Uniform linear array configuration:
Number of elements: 64
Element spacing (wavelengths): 1
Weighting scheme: blackman
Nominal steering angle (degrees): -45
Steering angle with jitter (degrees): -45.983
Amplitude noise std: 0.05
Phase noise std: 0.05

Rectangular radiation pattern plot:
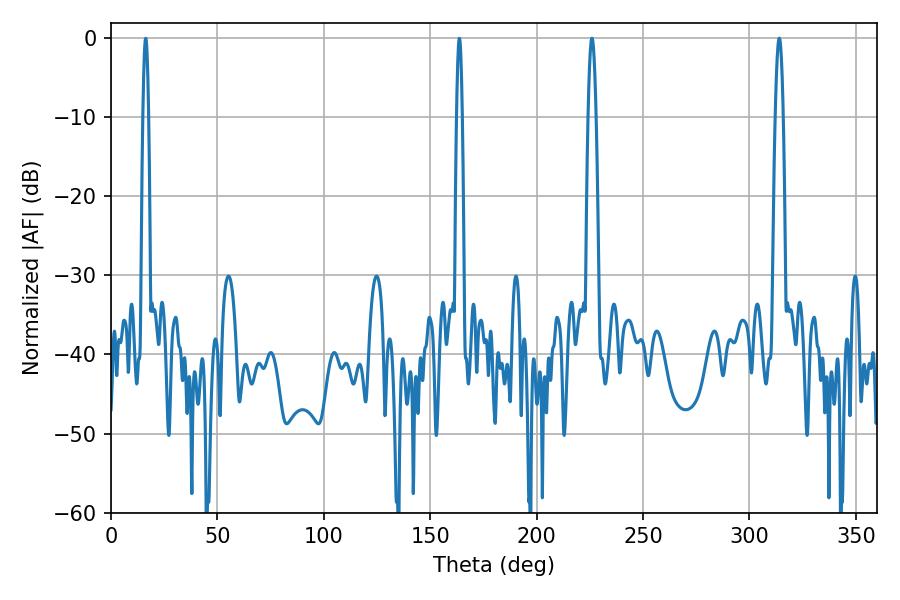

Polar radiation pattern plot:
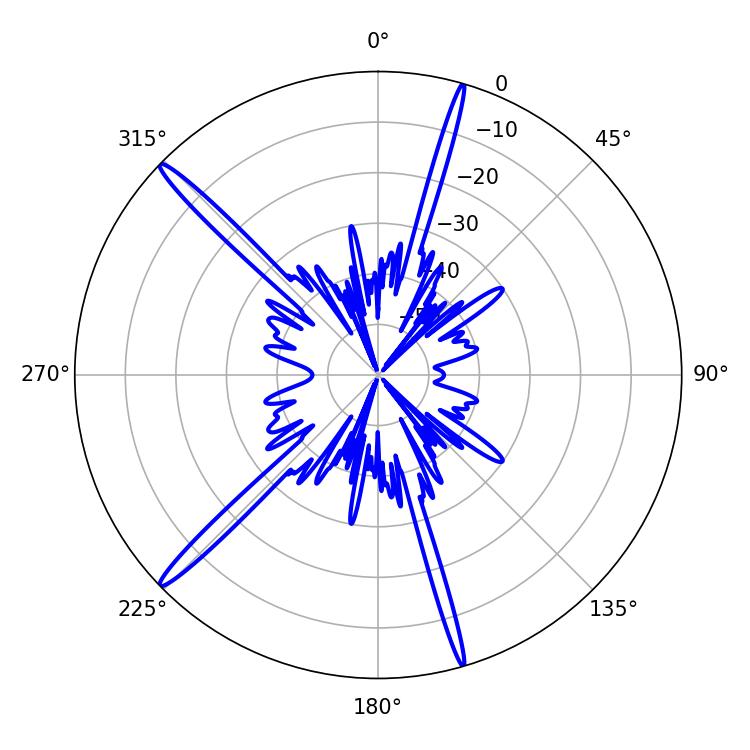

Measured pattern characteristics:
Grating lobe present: TRUE
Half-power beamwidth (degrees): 1.98
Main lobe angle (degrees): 313.92